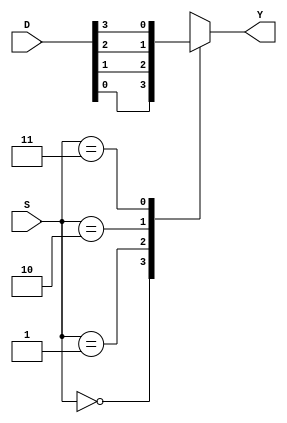
module mux4_1(D,S,Y);
 input[3:0] D;
 input[1:0] S;
 output reg Y;
    always@(D,S)
    begin
	  case(S)
	        2'd0 : Y=D[0];
		2'd1 : Y=D[1];
		2'd2 : Y=D[2];
		2'd3 : Y=D[3];
		default : Y=0;
	  endcase
    end
endmodule